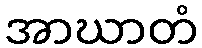
အာဃာတံ